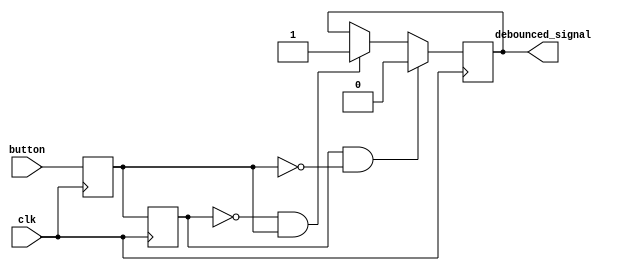
module debounce (
    input wire clk,
    input wire button,
    output reg debounced_signal
);

reg previous_button_state;
reg current_button_state;

// Flip-flop to store the current and previous state of the signal
always @(posedge clk) begin
    previous_button_state <= current_button_state;
    current_button_state <= button;
end

// Debounce logic to filter out noise or bouncing
always @(posedge clk) begin
    if (previous_button_state == 1 && current_button_state == 0) begin
        debounced_signal <= 0;
    end else if (previous_button_state == 0 && current_button_state == 1) begin
        debounced_signal <= 1;
    end
end

endmodule